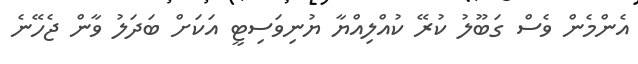
އެންމެން ވެސް ގަބޫލު ކުރޭ ކުއްލިއްޔާ ޔުނިވަސިޓީ އަކަށް ބަދަލު ވާން ޖެހޭނެ